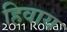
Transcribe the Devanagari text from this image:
हिवाय